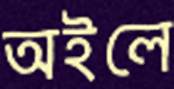
অইলে